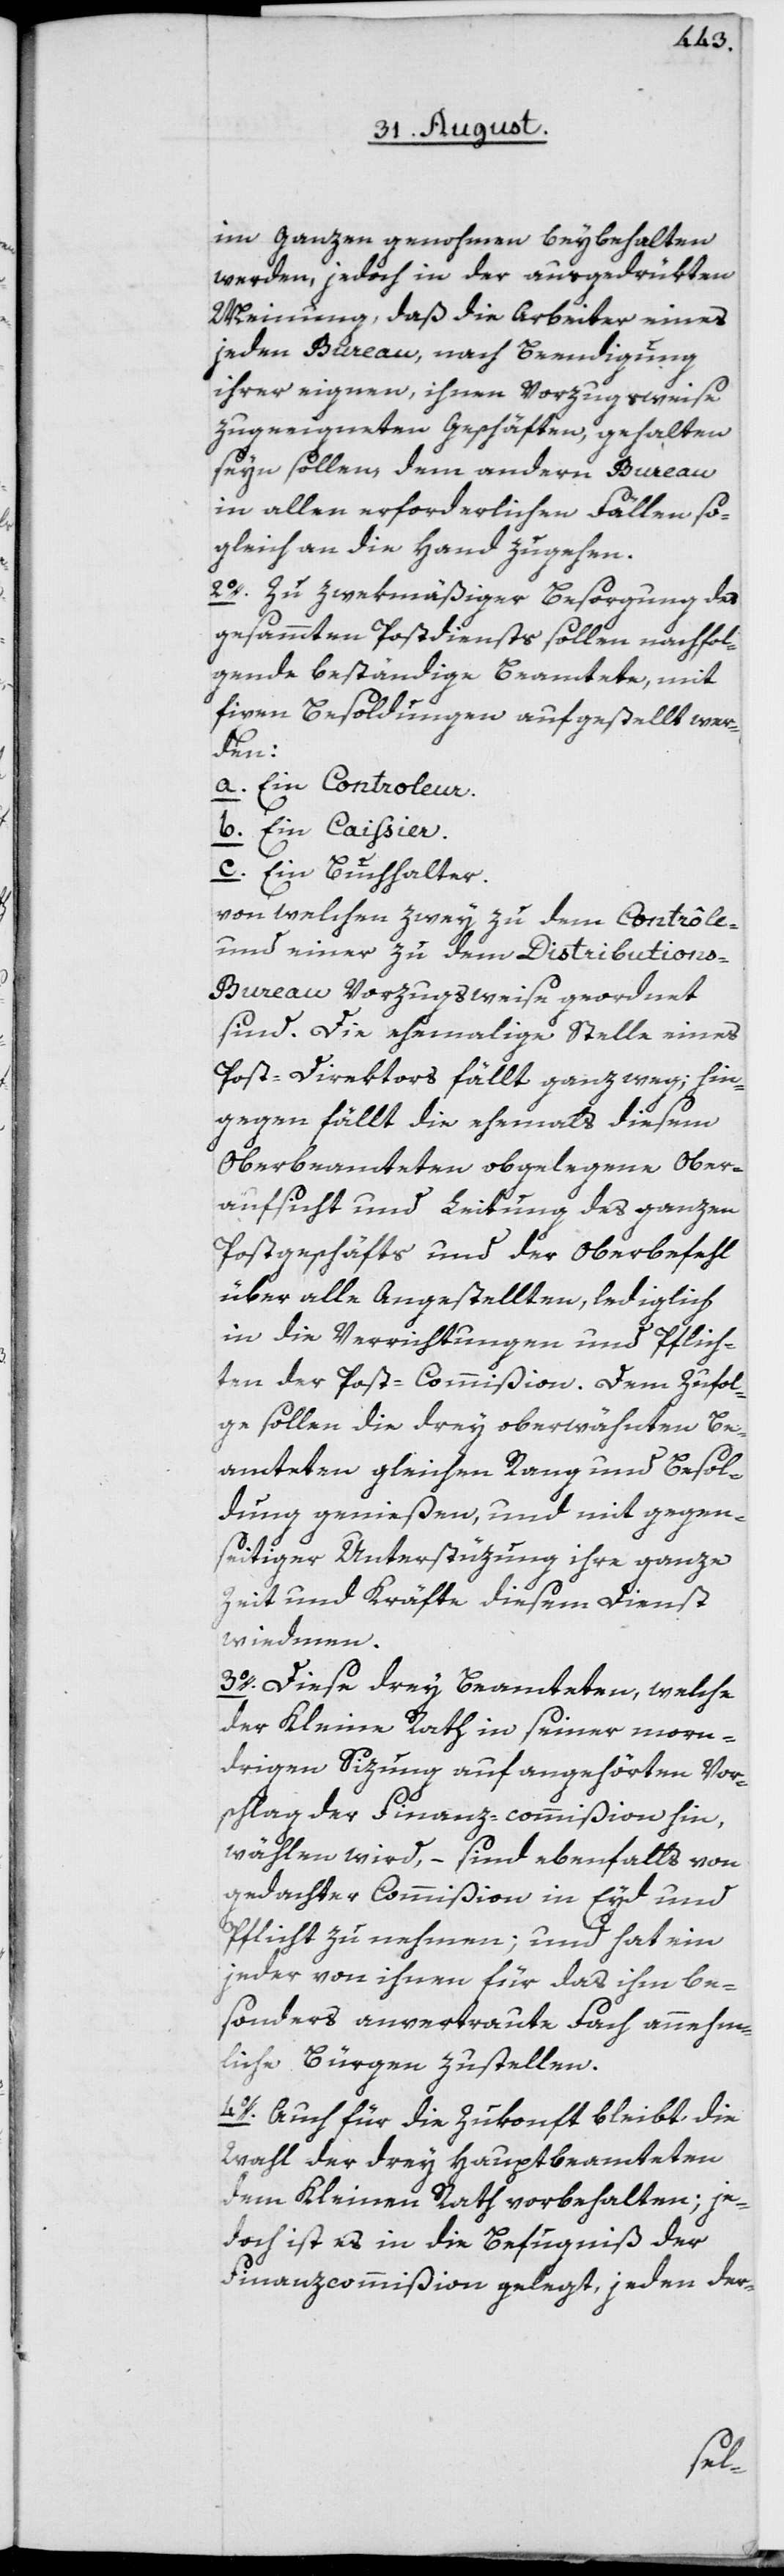
im Ganzen genohmen beybehalten
werden, jedoch in der ausgedrükten
Meinung, daß die Arbeiter eines
jeden Bureau, nach Beendigung
ihrer eignen, ihnen Vorzugsweise
zugeeigneten Geschäften, gehalten
seyn sollen, dem andern Bureau
in allen erforderlichen Fällen so¬
gleich an die Hand zugehen.
2o. Zu zwekmäßiger Besorgung des
gesammten Postdiensts sollen nachfol¬
gende beständige Beamtete, mit
fixen Besoldungen aufgestellt wer¬
den:
a. Ein Controleur.
b. Ein Caissier.
c. Ein Buchhalter.
von welchen zwey zu dem Contrôle-
und einer zu dem Distribution¬
s-Bureau Vorzugsweise geordnet
sind. Die ehemalige Stelle eines
Post-Direktors fällt ganz weg; hin¬
gegen fällt die ehemals diesem
Oberbeamteten obgelegene Ober¬
aufsicht und Leitung des ganzen
Postgeschäfts und der Oberbefehl
über alle Angestellten, lediglich
in die Verrichtungen und Pflich¬
ten der Post-Commißion. Dem Zufol¬
ge sollen die drey oberwähnten Be¬
amteten gleichen Rang und Besol¬
dung genießen, und mit gegen¬
seitiger Unterstüzung ihre ganze
Zeit und Kräfte diesem Dienst
wiedmen.
3o. Diese drey Beamteten, welche
der Kleine Rath in seiner morn¬
drigen Sizung auf angehörten Vor¬
schlag der Finanz-commißion hin,
wählen wird, – sind ebenfalls von
gedachter Commißion in Eyd und
Pflicht zu nehmen; und hat ein
jeder von ihnen für das ihm be¬
sonders anvertraute Fach annehm¬
liche Bürgen zustellen.
4o. Auch für die Zukonft bleibt die
Wahl der drey Hauptbeamteten
dem Kleinen Rath vorbehalten; je¬
doch ist es in die Befugniß der
Finanzcommißion gelegt, jeden der-